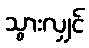
သွားလျှင်